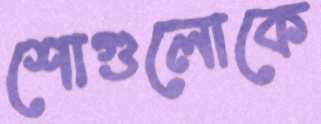
শোগুলোকে